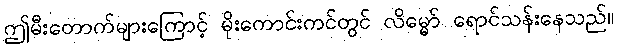
ဤမီးတောက်များကြောင့် မိုးကောင်းကင်တွင် လိမ္မော် ရောင်သန်းနေသည်။